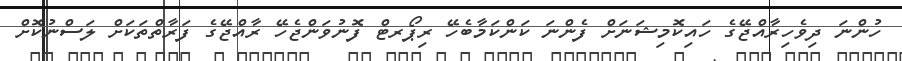
ހުންނަ ދިވެހިރާއްޖޭގެ ހައިކޮމިޝަނަށް ފެންނަ ކަންކަމާބެހޭ ރިޕޯރޓް ފޮނުވަންޖެހޭ ރާއްޖޭގެ ފަރާތްތަކަށް ލަސްނުކޮށް